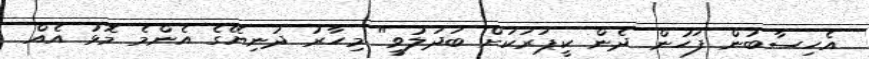
އެހިސާބުން ފަހުން ދެން ކީޕަރަކަށް ބަދަލުވީ" މިހާރު ދުނިޔޭގެ އެންމެ މޮޅު އެއް